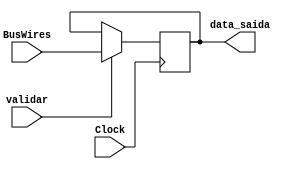
module regn (
	input [15:0]BusWires,
	input validar,
	input Clock,
	output wire [15:0]data_saida
	);
	
	reg [15:0]data;
	initial begin
		data = 0;
	end

	always @(posedge Clock) begin
		if(validar == 1'b1) begin
			data = BusWires;
		end
	end	

	assign data_saida = data;
	
endmodule